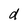
Character: d